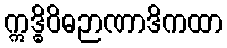
ဣဒ္ဓိဝိဓဉာဏာဒိကထာ